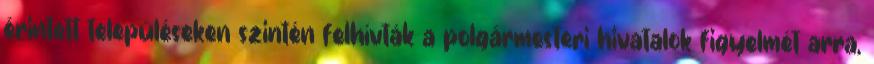
érintett településeken szintén felhívták a polgármesteri hivatalok figyelmét arra,